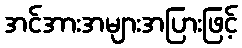
အင်အားအများအပြားဖြင့်